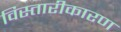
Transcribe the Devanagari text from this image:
विस्तारीकारण